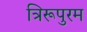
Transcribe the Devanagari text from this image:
त्रिरूपुरम